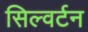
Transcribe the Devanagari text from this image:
सिल्वर्टन